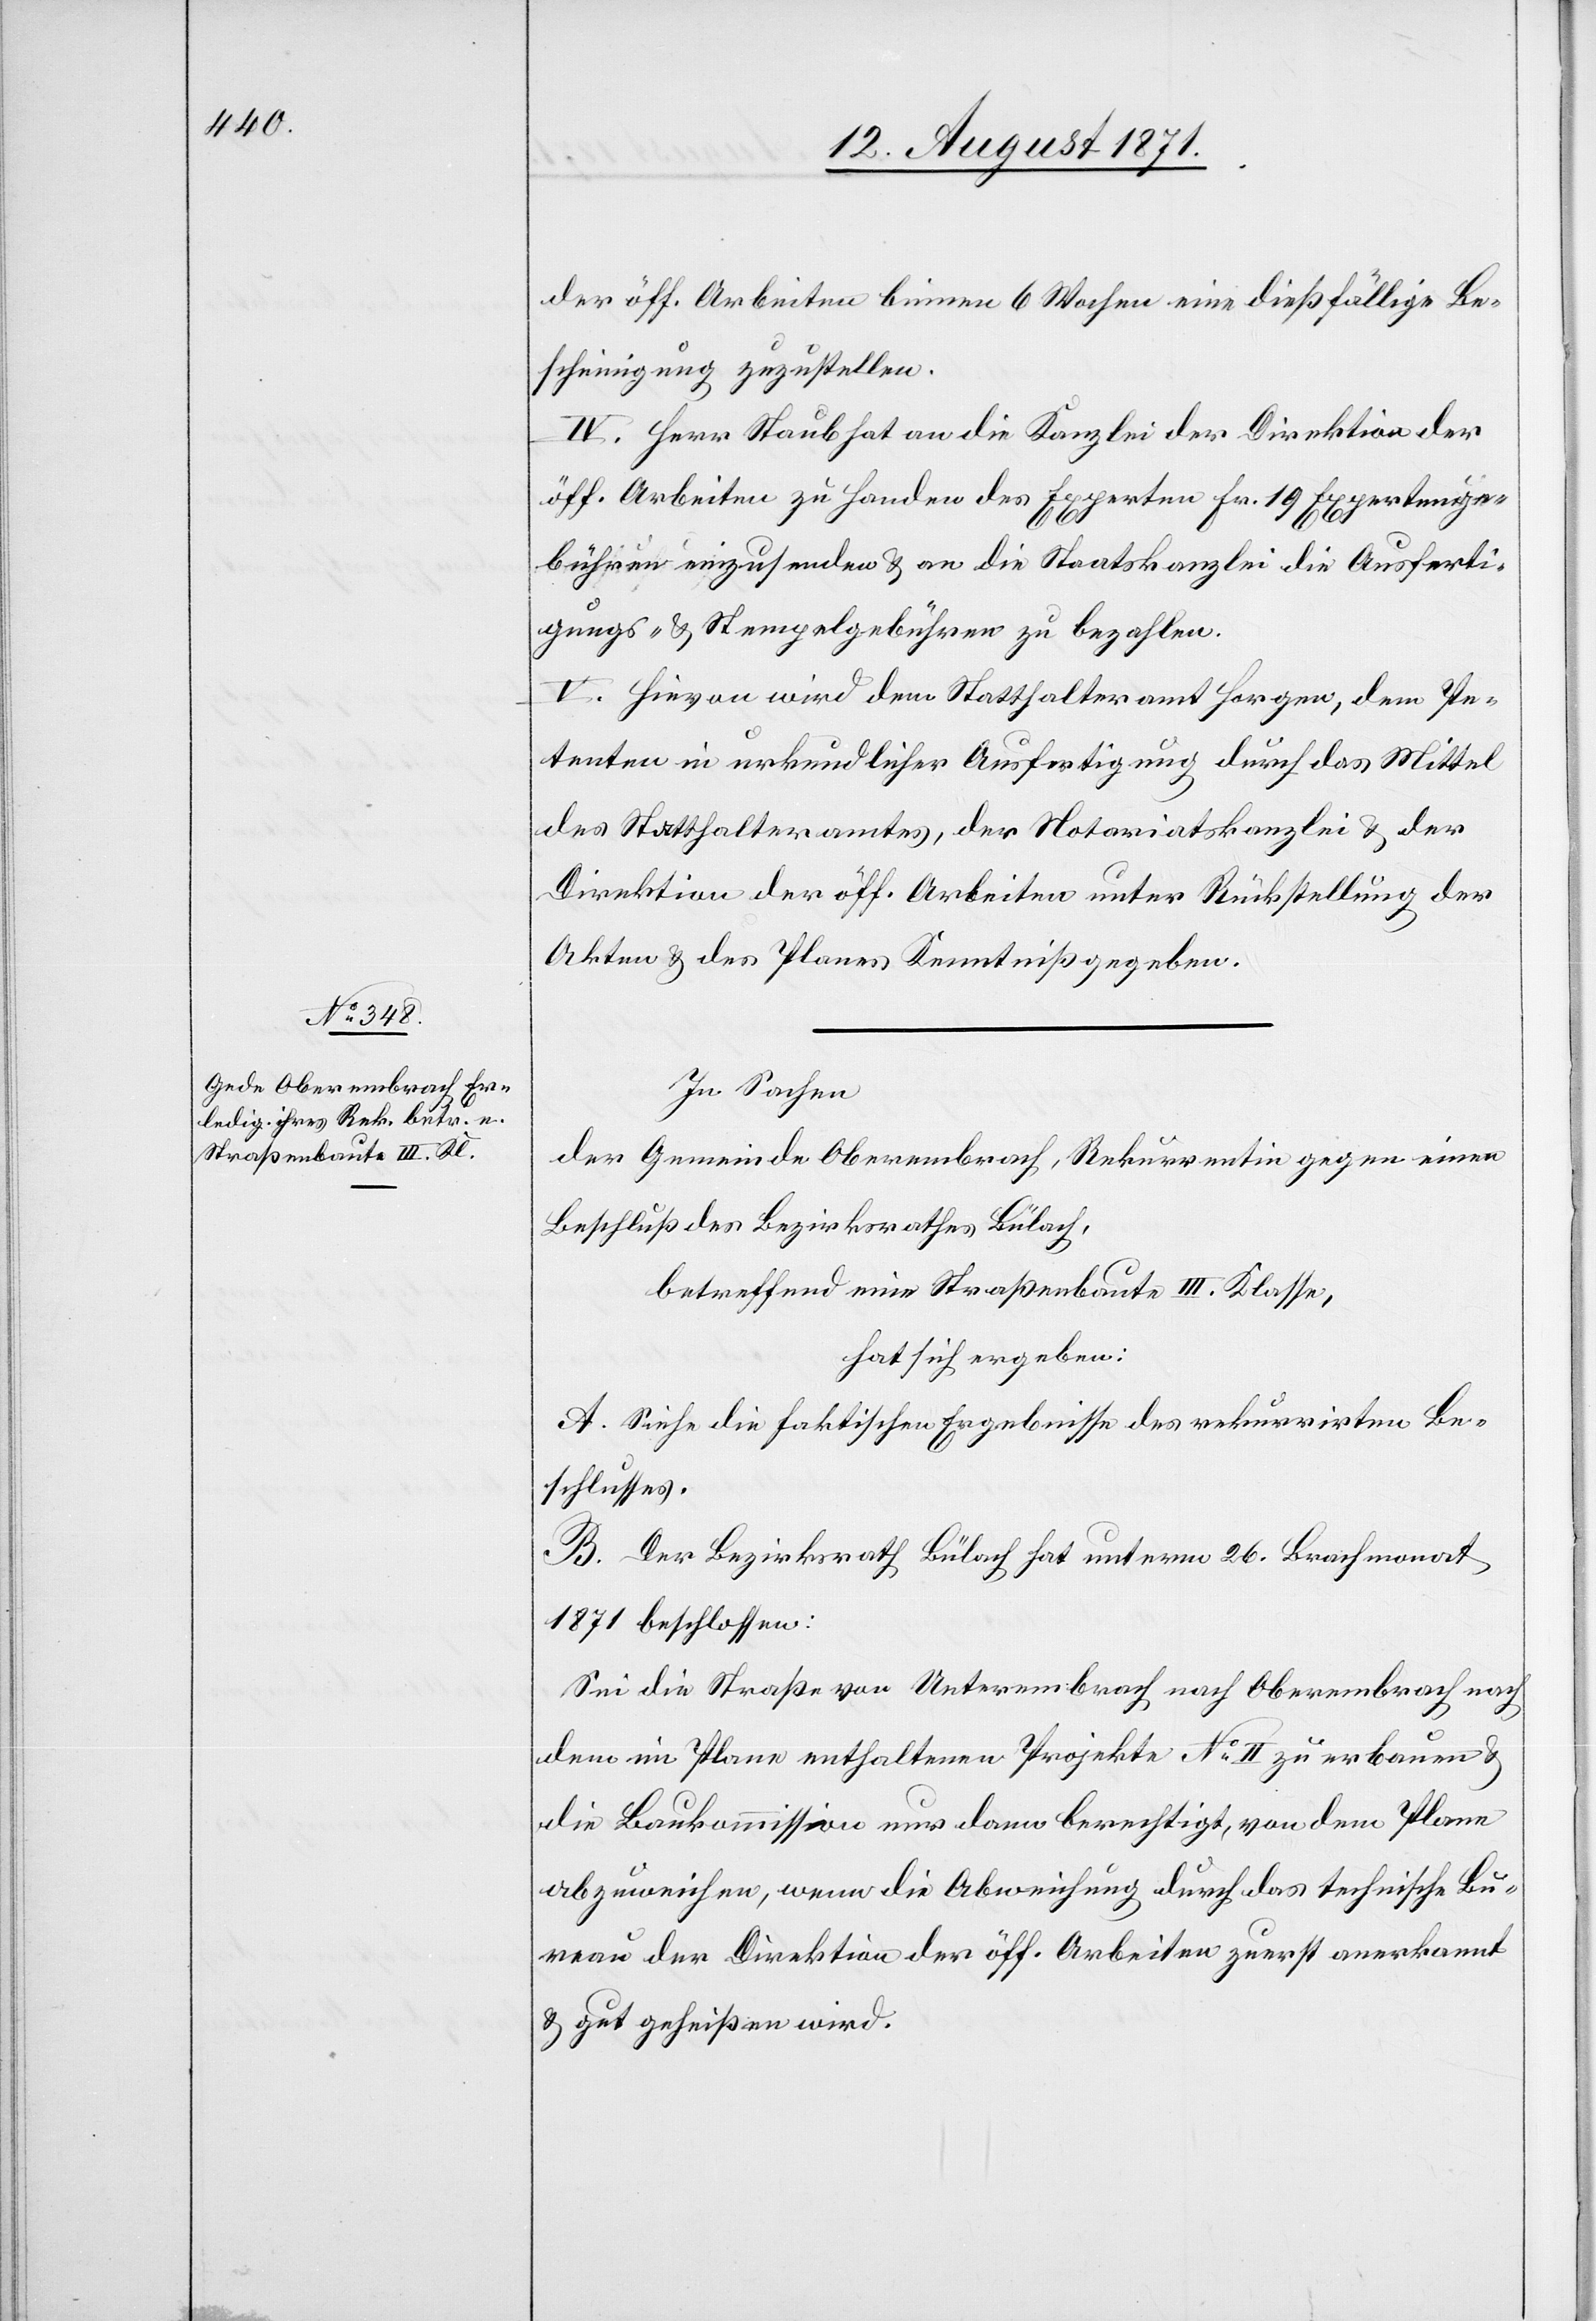
der öff. Arbeiten binnen 6 Wochen eine dießfällige Be¬
scheinigung zuzustellen.
IV. Herr Staub hat an die Kanzlei der Direktion der
öff. Arbeiten zu Handen des Experten Fr. 19 Expertenge¬
bühren einzusenden & an die Staatskanzlei die Ausferti¬
gungs- & Stempelgebühren zu bezahlen.
V. Hiervon wird dem Statthalteramt Horgen, dem Pe¬
tenten in urkundlicher Ausfertigung durch das Mittel
des Statthalteramtes, der Notoriatskanzlei & der
Direktion der öff. Arbeiten unter Rückstellung der
Akten & des Planes Kenntniß gegeben.
In Sachen
der Gemeinde Oberembrach, Rekurrentin gegen einen
Beschluss des Bezirksrathes Bülach,
betreffend einer Straßenbaute III. Klasse,
hat sich ergeben:
A. Siehe die faktischen Ergebnisse des rekurrirten Be¬
schlusses.
B. Der Bezirksrath Bülach hat unterm 26. Brachmonat
1871 beschlossen:
Sei die Straße von Unterembrach nach Oberembrach nach
dem im Plane enthaltenen Projekte No II zu erbauen &
die Rekurskommission nur dann berechtigt, von dem Plane
abzuweichen, wenn die Abweisung durch das technische Bu¬
reau der Direktion der öff. Arbeiten zuerst anerkannt
& gut geheißen wird.